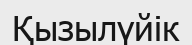
Қызылүйік